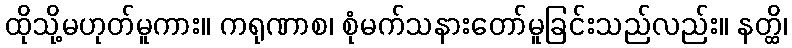
ထိုသို့မဟုတ်မူကား။ ကရုဏာစ၊ စုံမက်သနားတော်မူခြင်းသည်လည်း။ နတ္ထိ၊